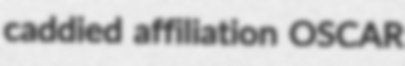
caddied affiliation OSCAR